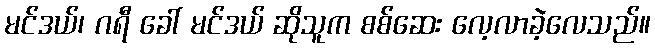
မင်ဒယ်၊ ဂရီ ခေါ် မင်ဒယ် ဆိုသူက စစ်ဆေး လေ့လာခဲ့လေသည်။